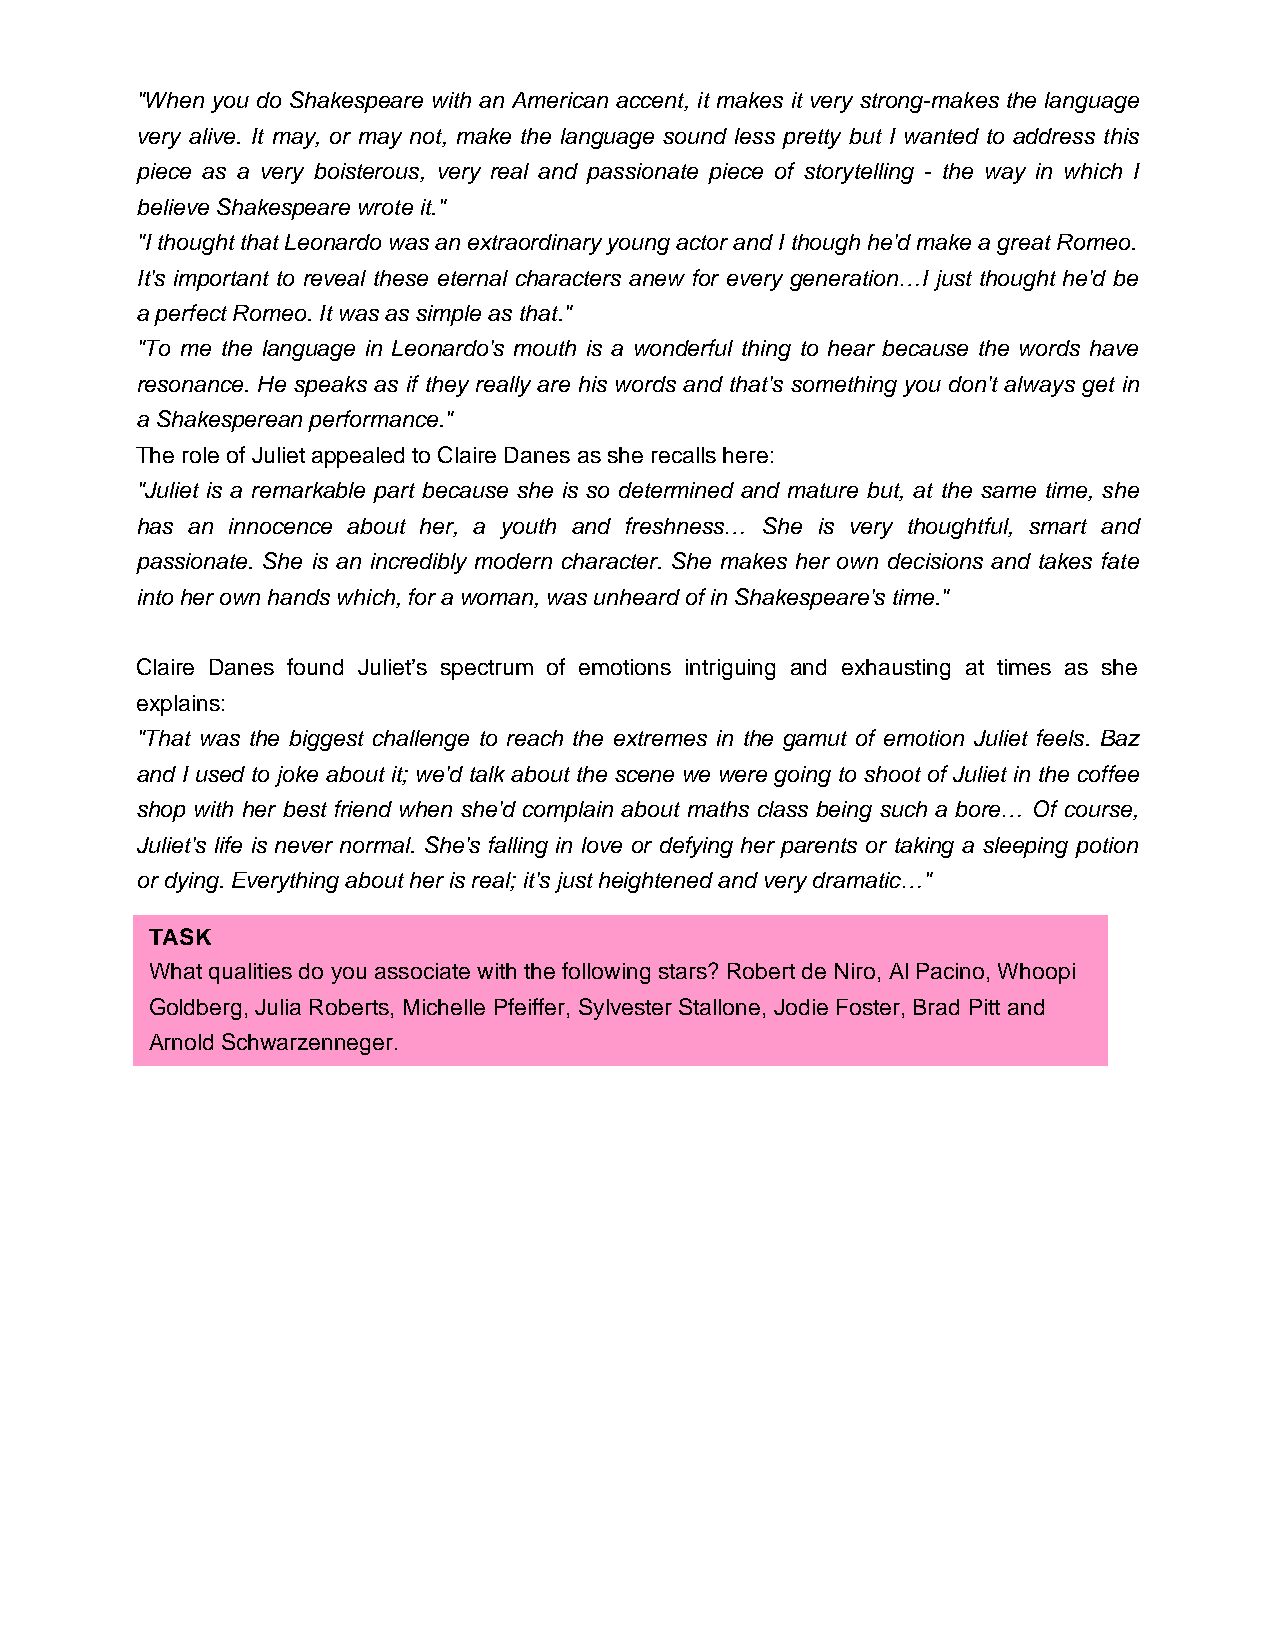
"When you do Shakespeare with an American accent, it makes it very strong-makes the language
 very alive. It may, or may not, make the language sound less pretty but I wanted to address this
 piece as a very boisterous, very real and passionate piece of storytelling - the way in which I
 believe Shakespeare wrote it."
 "I thought that Leonardo was an extraordinary young actor and I though he'd make a great Romeo.
 It's important to reveal these eternal characters anew for every generation…I just thought he'd be
 a perfect Romeo. It was as simple as that."
 "To me the language in Leonardo's mouth is a wonderful thing to hear because the words have
 resonance. He speaks as if they really are his words and that's something you don't always get in
 a Shakesperean performance."
 The role of Juliet appealed to Claire Danes as she recalls here:
 "Juliet is a remarkable part because she is so determined and mature but, at the same time, she
 has an innocence about her, a youth and freshness… She is very thoughtful, smart and
 passionate. She is an incredibly modern character. She makes her own decisions and takes fate
 into her own hands which, for a woman, was unheard of in Shakespeare's time."
 Claire Danes found Juliet’s spectrum of emotions intriguing and exhausting at times as she
 explains:
 "That was the biggest challenge to reach the extremes in the gamut of emotion Juliet feels. Baz
 and I used to joke about it; we'd talk about the scene we were going to shoot of Juliet in the coffee
 shop with her best friend when she'd complain about maths class being such a bore… Of course,
 Juliet's life is never normal. She's falling in love or defying her parents or taking a sleeping potion
 or dying. Everything about her is real; it's just heightened and very dramatic…"
 TASK
 What qualities do you associate with the following stars? Robert de Niro, Al Pacino, Whoopi
 Goldberg, Julia Roberts, Michelle Pfeiffer, Sylvester Stallone, Jodie Foster, Brad Pitt and
 Arnold Schwarzenneger.